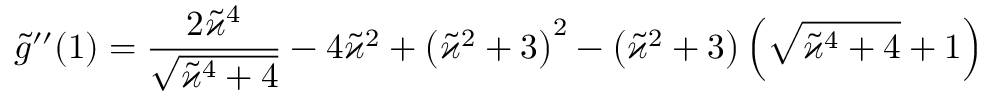
\tilde { g } ^ { \prime \prime } ( 1 ) = \frac { 2 \tilde { \varkappa } ^ { 4 } } { \sqrt { \tilde { \varkappa } ^ { 4 } + 4 } } - 4 \tilde { \varkappa } ^ { 2 } + \left( \tilde { \varkappa } ^ { 2 } + 3 \right) ^ { 2 } - \left( \tilde { \varkappa } ^ { 2 } + 3 \right) \left( \sqrt { \tilde { \varkappa } ^ { 4 } + 4 } + 1 \right)